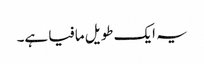
یہ ایک طویل مافیا ہے۔